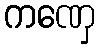
ကဏှေ